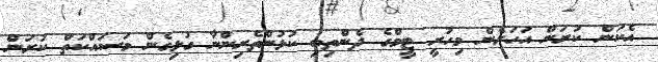
އެކަން ކުރަން އަހަރެން މިހުރީ ޓީމްގެ ދެންތިބި ކުޅުންތެރިންނާ ގުޅިގެން މަސައްކަތް ކުރަން